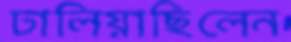
ঢালিয়াছিলেন